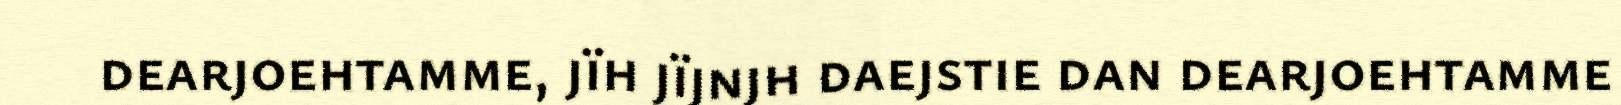
dearjoehtamme, jïh jïjnjh daejstie dan dearjoehtamme